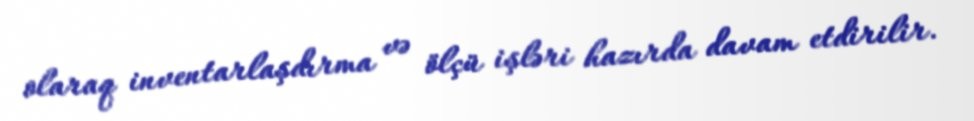
olaraq inventarlaşdırma və ölçü işləri hazırda davam etdirilir.